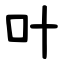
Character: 叶